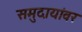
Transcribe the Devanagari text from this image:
समुदायांवर